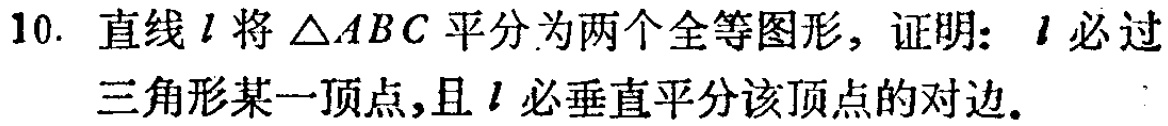
10. 直线\(l\)将\(\triangle ABC\)平分为两个全等图形，证明：\(l\)必过三角形某一顶点，且\(l\)必垂直平分该顶点的对边。